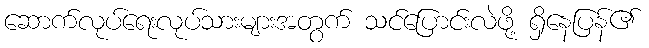
ဆောက်လုပ်ရေးလုပ်သားများအတွက် သင်ပြောင်းလဲဖို့ ရှိနေပြန်၏